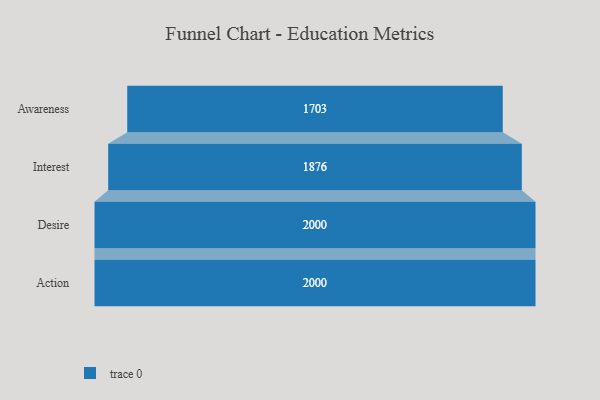
{"axis": {"x": "Stage", "y": "Value"}, "legend": [""], "data": [{"x": "Awareness", "y": 1703.0, "type": ""}, {"x": "Interest", "y": 1876.0, "type": ""}, {"x": "Desire", "y": 2000, "type": ""}, {"x": "Action", "y": 2000, "type": ""}]}